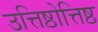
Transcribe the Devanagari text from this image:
उत्तिष्ठोत्तिष्ठ